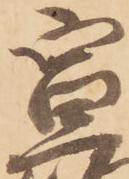
宣